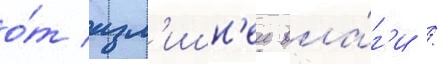
о́т изл'ишн'еи вла́г'и /